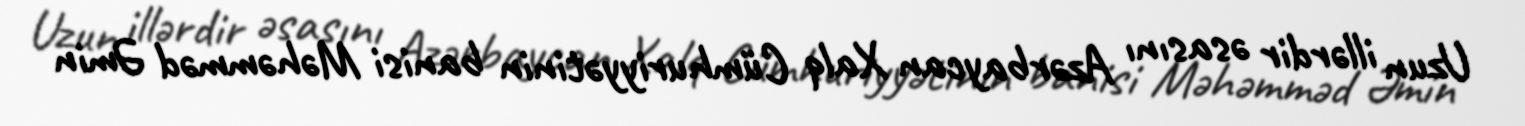
Uzun illərdir əsasını Azərbaycan Xalq Cümhuriyyətinin banisi Məhəmməd Əmin